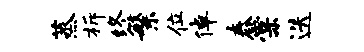
蒸柝终繁位倬舂棠迭